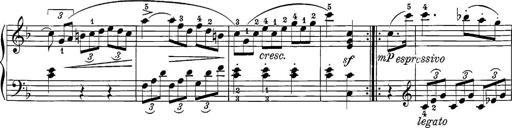
Title: 12 Sonatine per Pianoforte
Composer: Friedrich Kuhlau